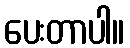
ပေးတာပါ။